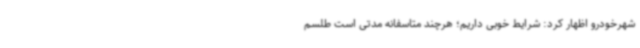
شهرخودرو اظهار کرد: شرایط خوبی داریم؛ هرچند متاسفانه مدتی است طلسم